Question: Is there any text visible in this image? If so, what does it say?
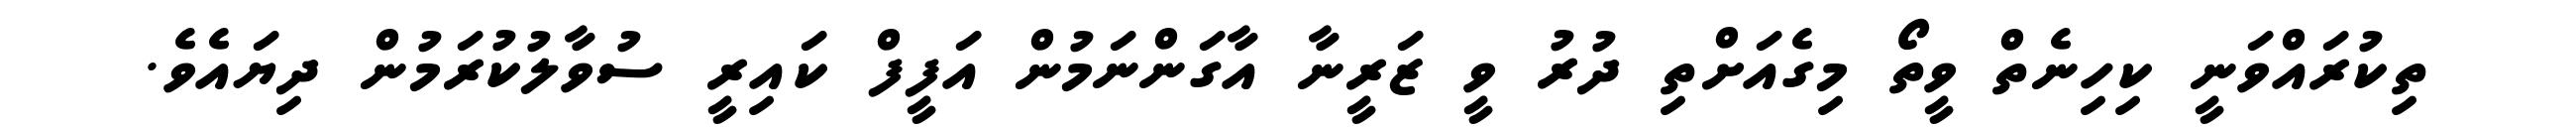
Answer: ތިކުރައްވަނީ ކިހިނެތް ވީތޯ މިގެއަށްތި ދުރު ވީ ޒަރީނާ އާގަންނަމުން އަފީފް ކައިރީ ސުވާލުކުރަމުން ދިޔައެވެ.